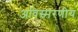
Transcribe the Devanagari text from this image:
अविस्‍मरणीय